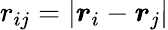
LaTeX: {r}_{ij}=|{\boldsymbol{r}}_{i}-{\boldsymbol{r}}_{j}|